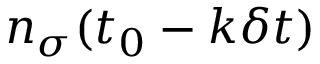
n _ { \sigma } ( t _ { 0 } - k \delta t )